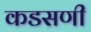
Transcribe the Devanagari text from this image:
कडसणी